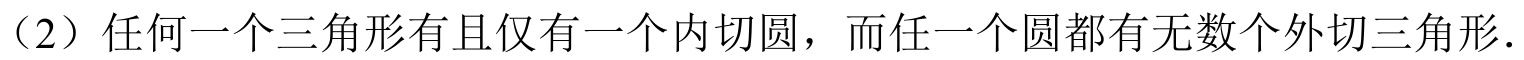
（2）任何一个三角形有且仅有一个内切圆，而任一个圆都有无数个外切三角形.